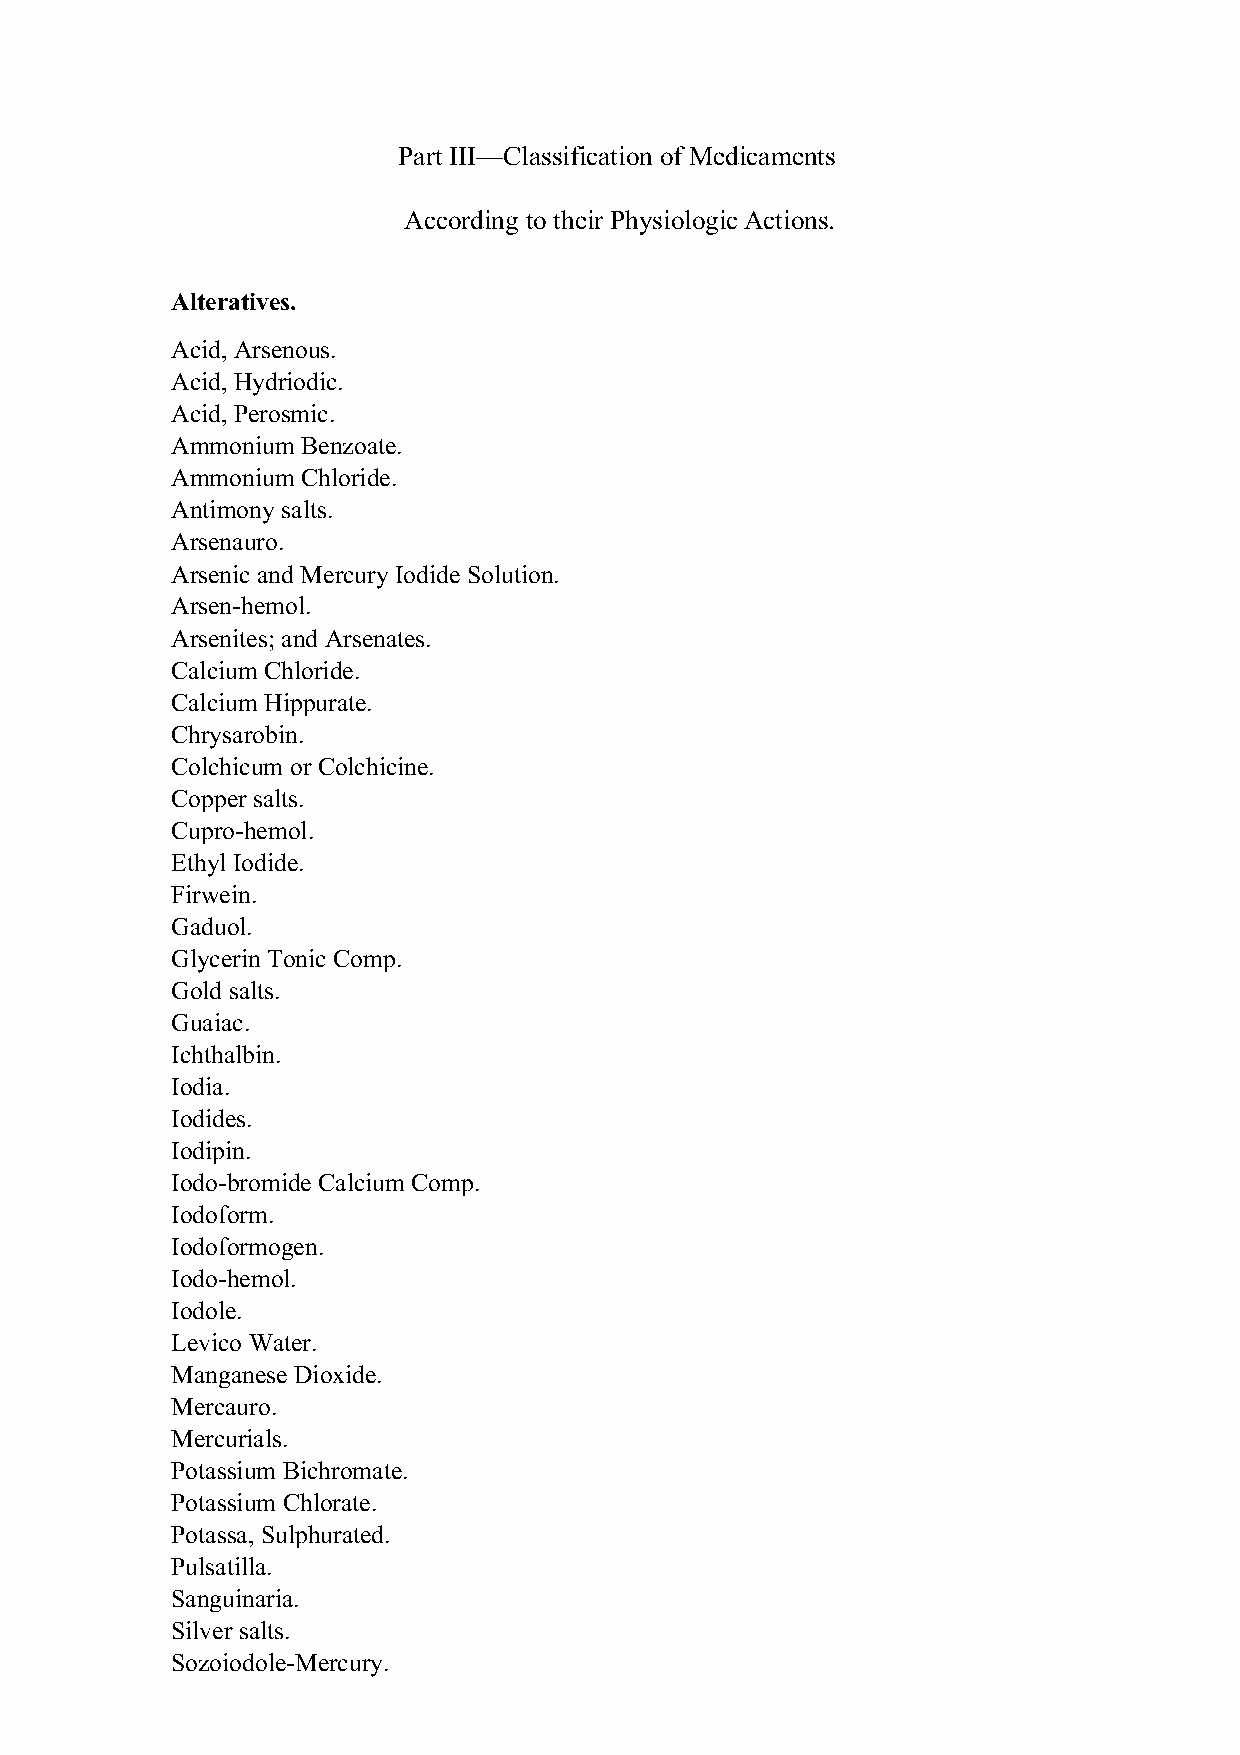
Part III—Classification of Medicaments
 According to their Physiologic Actions.
 Alteratives.
 Acid, Arsenous.
 Acid, Hydriodic.
 Acid, Perosmic.
 Ammonium Benzoate.
 Ammonium Chloride.
 Antimony salts.
 Arsenauro.
 Arsenic and Mercury Iodide Solution.
 Arsen-hemol.
 Arsenites; and Arsenates.
 Calcium Chloride.
 Calcium Hippurate.
 Chrysarobin.
 Colchicum or Colchicine.
 Copper salts.
 Cupro-hemol.
 Ethyl Iodide.
 Firwein.
 Gaduol.
 Glycerin Tonic Comp.
 Gold salts.
 Guaiac.
 Ichthalbin.
 Iodia.
 Iodides.
 Iodipin.
 Iodo-bromide Calcium Comp.
 Iodoform.
 Iodoformogen.
 Iodo-hemol.
 Iodole.
 Levico Water.
 Manganese Dioxide.
 Mercauro.
 Mercurials.
 Potassium Bichromate.
 Potassium Chlorate.
 Potassa, Sulphurated.
 Pulsatilla.
 Sanguinaria.
 Silver salts.
 Sozoiodole-Mercury.